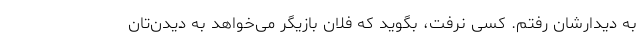
به دیدارشان رفتم. کسی نرفت، بگوید که فلان بازیگر می‌خواهد به دیدن‌تان